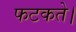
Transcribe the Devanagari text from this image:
फटकते।